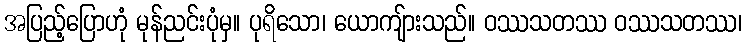
အပြည့်ပြောဟုံ မုန်ညင်းပုံမှ။ ပုရိသော၊ ယောကျ်ားသည်။ ဝဿသတဿ ဝဿသတဿ၊